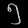
Digit: ၅